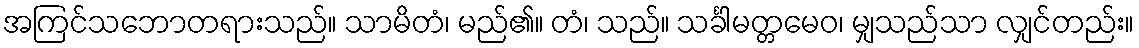
အကြင်သဘောတရားသည်။ သာမိတံ၊ မည်၏။ တံ၊ သည်။ သင်္ခါမတ္တမေဝ၊ မျှသည်သာ လျှင်တည်း။